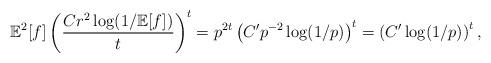
LaTeX: \begin{align*} \mathbb{E}^2[f] \left(\frac{C r^2 \log(1/\mathbb{E}[f])}{t}\right)^t = p^{2t} \left(C' p^{-2} \log(1/p) \right)^t = \left(C' \log(1/p) \right)^t , \end{align*}